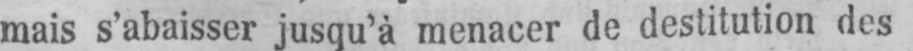
mais s’abaisser jusqu’à menacer de destitution des